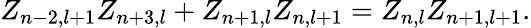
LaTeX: Z_{n-2,l+1}Z_{n+3,l}+Z_{n+1,l}Z_{n,l+1}=Z_{n,l}Z_{n+1,l+1}.